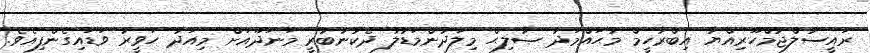
ރައީސުލްޖުމްހޫރިއްޔާ އިބްރާހީމް މުޙައްމަދު ޞާލިޙް މިލަދުންމަޑުލު ދެކުނުބުރީ މަނަދޫއަށް މިއަދު ހަވީރު ވަޑައިގެންފިއެވެ.